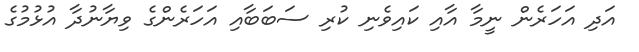
އަދި އަހަރެން ނީމާ އާއި ކައިވެނި ކުރި ސަބަބާއި އަހަރެންގެ ވިޔާނުދާ އުޅުމުގެ